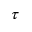
\tau